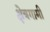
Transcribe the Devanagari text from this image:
क्षेत्रगामी